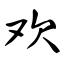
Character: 欢